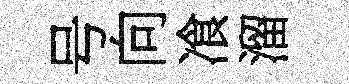
号向飡溜